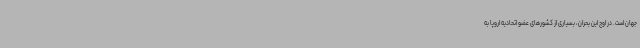
جهان است. در اوج این بحران، بسیاری از کشورهای عضو اتحادیه اروپا به